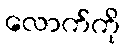
လောက်ကို